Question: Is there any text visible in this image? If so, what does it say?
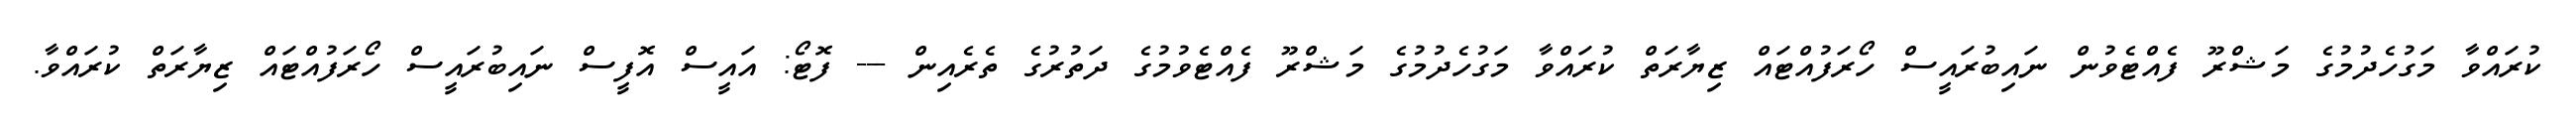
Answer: ކުރައްވާ މަގުހެދުމުގެ މަޝްރޫ ފެއްޓެވުން ނައިބުރައީސް ހޯރަފުއްޓައް ޒިޔާރަތް ކުރައްވާ މަގުހެދުމުގެ މަޝްރޫ ފެއްޓެވުމުގެ ދަތުރުގެ ތެރެއިން --- ފޮޓޯ: އައީސް އޮފީސް ނައިބުރައީސް ހޯރަފުއްޓައް ޒިޔާރަތް ކުރައްވާ.